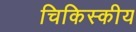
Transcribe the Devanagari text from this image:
चिकिस्कीय